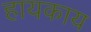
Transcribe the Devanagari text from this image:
हायकाय